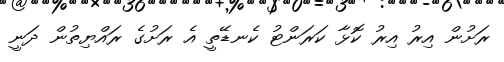
ރަށުން އިރު އިރު ކޮޅާ ކަރަންޓު ކެނޑޭތީ އެ ރަށުގެ ރައްޔިތުން ދަނީ